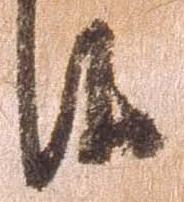
候